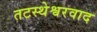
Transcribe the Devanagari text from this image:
तटस्थेश्वरवाद